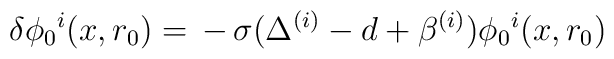
\delta \phi_0{}^i (x, r_0) = \, - \, \sigma (\Delta^{(i)} -d + \beta^{(i)}) \phi_0{}^i (x,r_0)